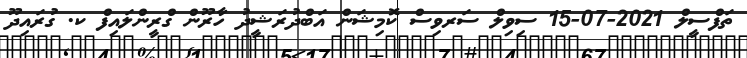
ތަފްސީލް 2021-07-15 ސިވިލް ސަރވިސް ކޮމިޝަން އަބްދުރަޝީދު ހާރޫން ގްރީންލައިފް ކ. ގުރައިދޫ